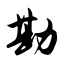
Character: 勘